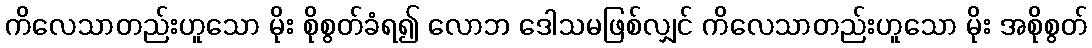
ကိလေသာတည်းဟူသော မိုး စိုစွတ်ခံရ၍ လောဘ ဒေါသမဖြစ်လျှင် ကိလေသာတည်းဟူသော မိုး အစိုစွတ်